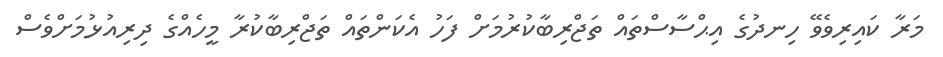
މަރާ ކައިރިވެވޭ ހިނދުގެ އިޙްސާސްތައް ތަޖްރިބާކުރުމަށް ފަހު އެކަންތައް ތަޖްރިބާކުރާ މީހެއްގެ ދިރިއުޅުމަށްވެސް